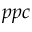
p p c